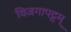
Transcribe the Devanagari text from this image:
विजगापट्टम्